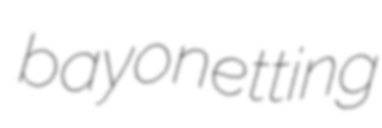
bayonetting